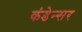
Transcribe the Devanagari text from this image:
कंडेन्सर